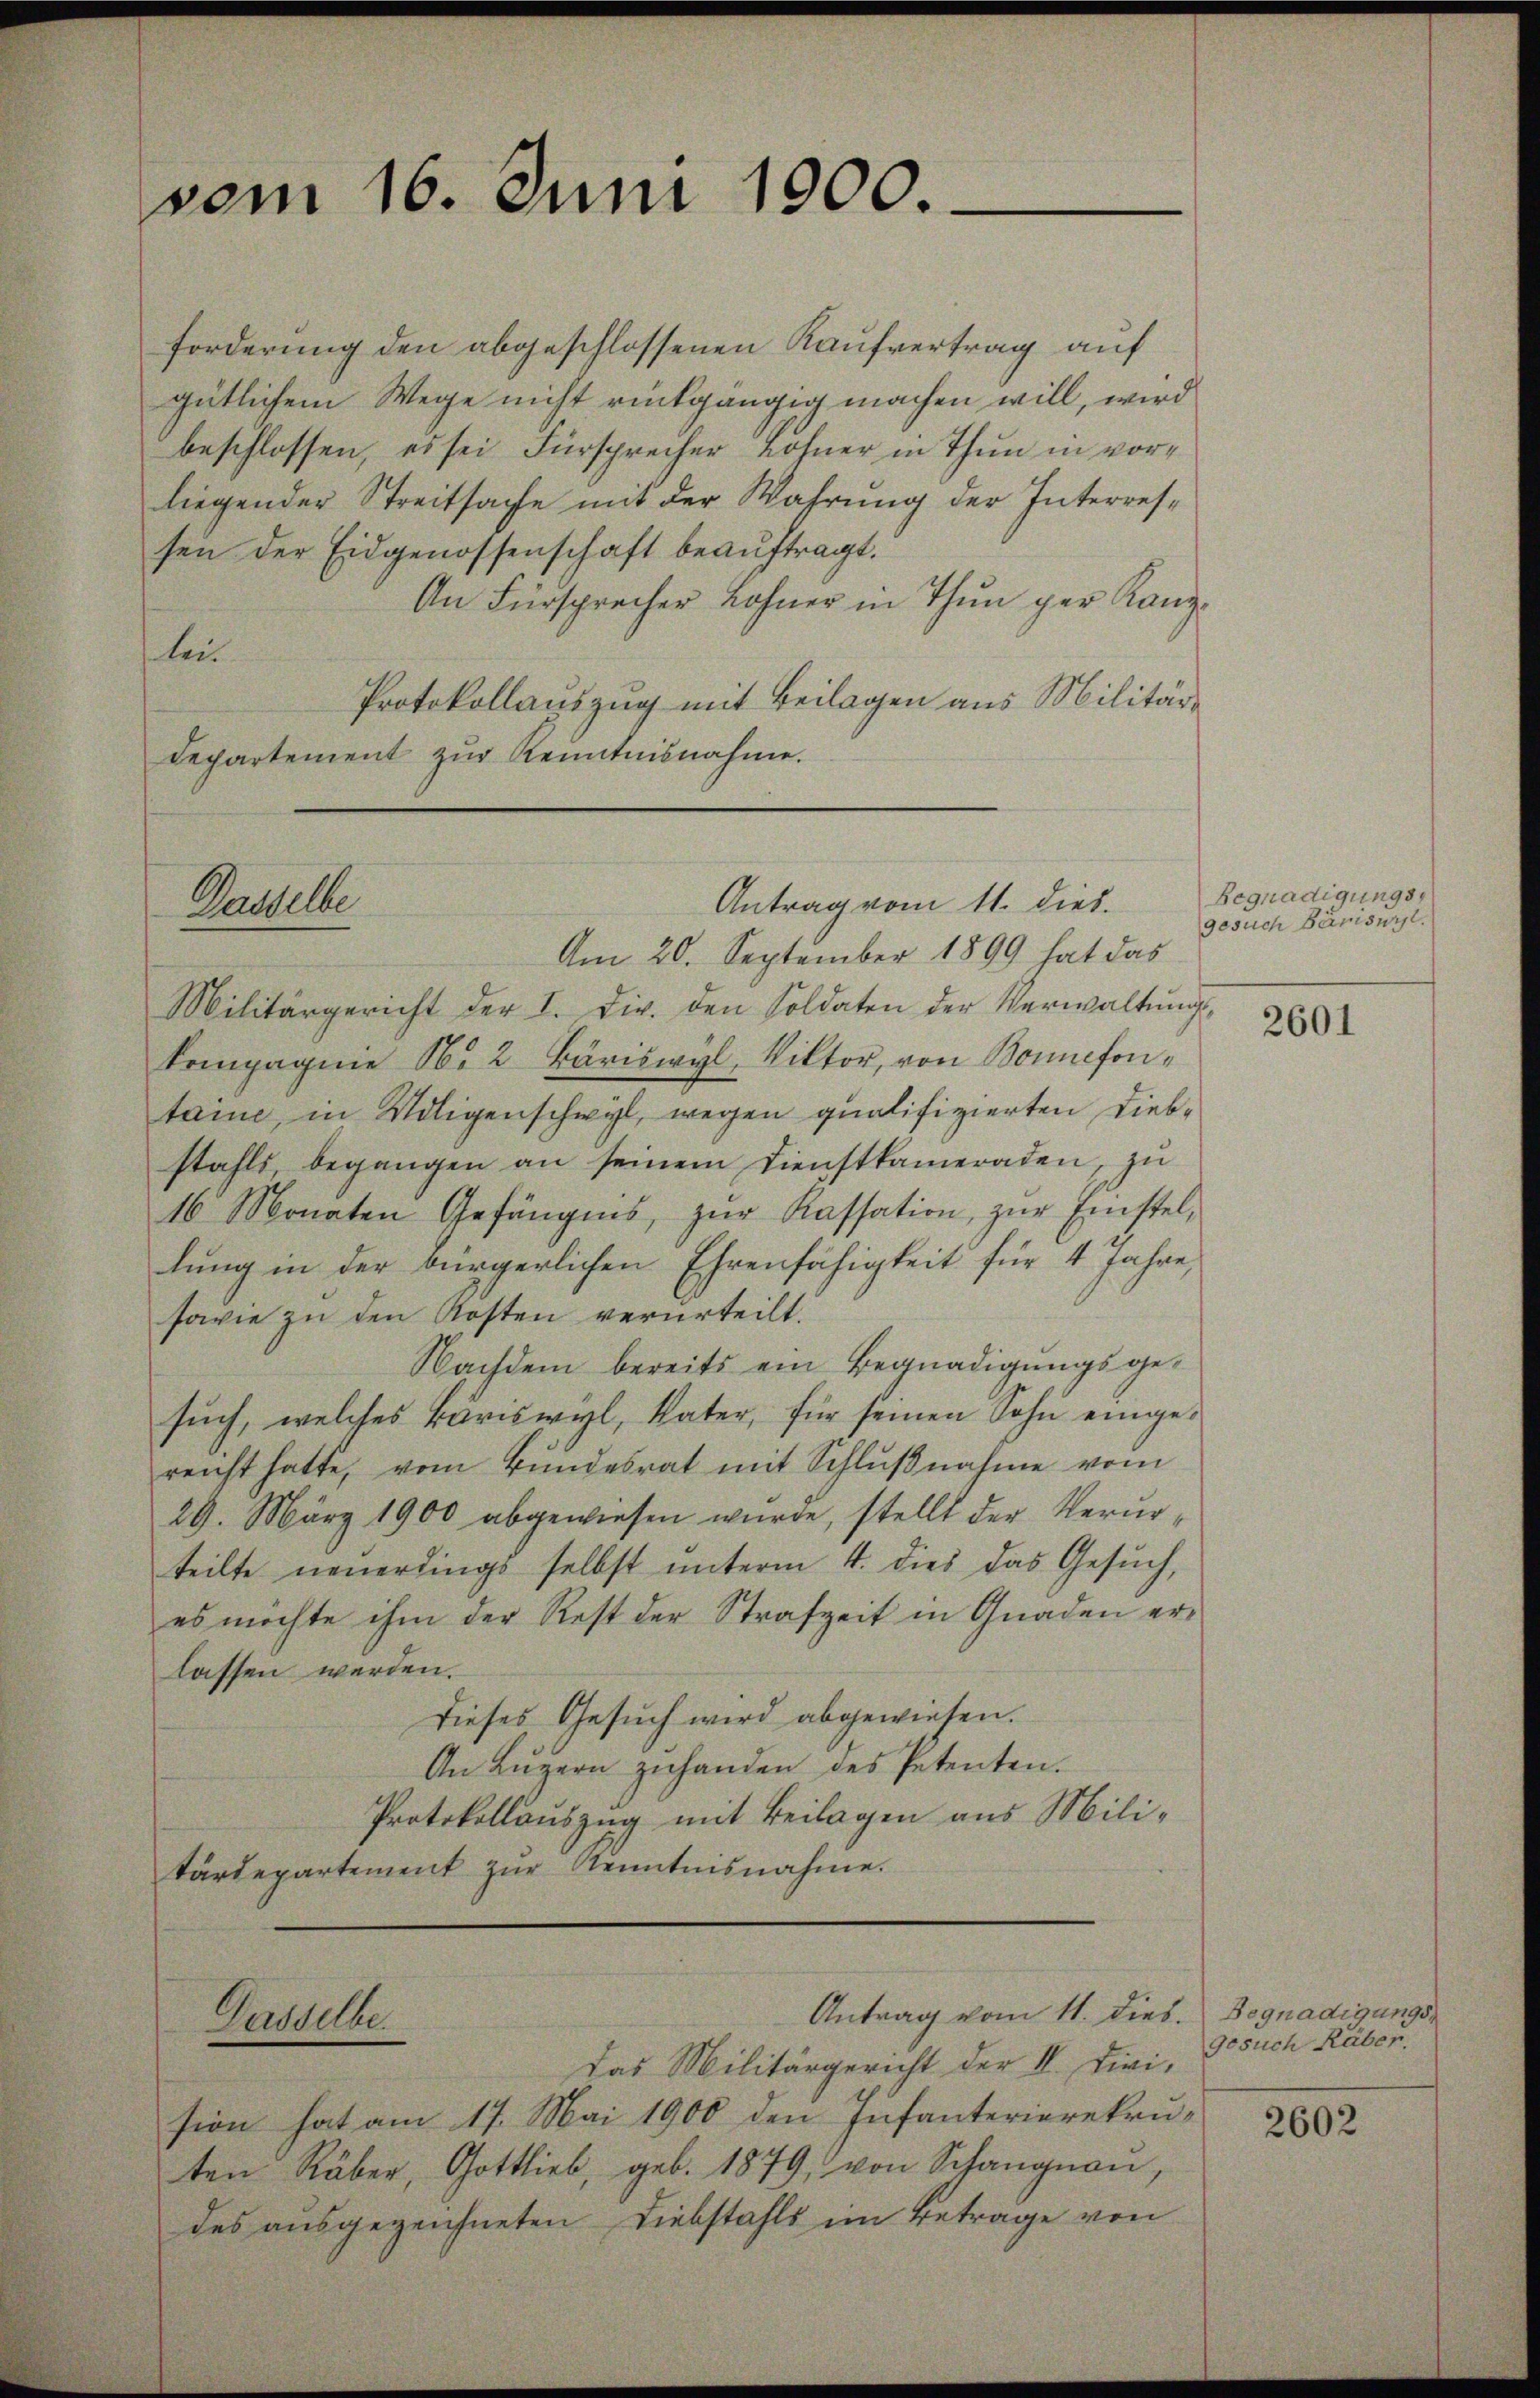
vom 16. Juni 1900.

forderung den abgeschlossenen Kaufvertrag auf
gütlichem Wege nicht rückgängig machen will, wird
beschlossen, es sei Fürsprecher Lohner in Thun in vorliegender Streitsache mit der Wahrung der Interressen der Eidgenossenschaft beauftragt.
An Fürsprecher Lohner in Thun per Kanzleu
Protokollauszug mit Beilagen aus Militär-
Departement zur Kenntnisnahme.

Dasselbe

Am 20. September 1899 hat das
Militärgericht der I. Dir. den Soldaten der Verwaltŭngs-
kompagnie N. 2 Bäriswyl, Viktor, von Bonnefontaine, in Wiligenschwyl, wegen qualifizierten Diebstahls, begangen an seinem Dienstkameraden, zu
16. Monaten Gefängnis, zŭr Kassation zŭr Einstel-
lung in der bürgerlichen Ehrenfähigkeit für 4 Jahre,
sowie zu den Kosten verurteilt.
Nachdem bereits ein Begnadigungsgesŭch, welches Bäriswyl, Vater, für seinen Sohn eingereicht hatte, vom Bŭndesrat mit Schlŭβnahme vom
29. März 1900 abgewiesen wurde, stellt der Verurteilte neuerdings selbst ŭnterm 4. dies das Gesŭch,
es möchte ihm der Rest der Strafzeit in Gnaden erlassen werden.
dieses Gesuch wird abgewiesen.
An Luzern zuhanden des Petenten.
Protokollauszug mit Beilagen aus Militärdepartement zŭr Kenntnisnahme.

Gasselbe.

Antrag vom 11. dies

Antrag vom 11. dies. Begnadigungs

Das Militärgericht der II. Divi,
sion hat am 17. Mai 1900 den Infanterierekruten Räber, Gottlieb, geb. 1879, von Schangnau,
des ausgezeichneten Liebstahls im Betrage von

Begnadigungs
gesuch Bamsurl.

2601

gesuch Räber.

2602